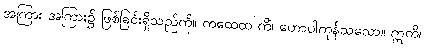
အကြား အကြား၌ ဖြစ်ခြင်းရှိသည်ကို။ ကထေထ ကိံ၊ ဟောပါကုန်သလော။ ဣတိ၊